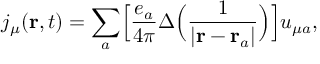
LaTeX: j _ { \mu } ( { \bf r } , t ) = \sum _ { a } \Bigl [ \frac { e _ { a } } { 4 \pi } \Delta \Bigl ( \frac { 1 } { \vert { \bf r } - { \bf r } _ { a } \vert } \Bigr ) \Bigr ] u _ { \mu a } ,